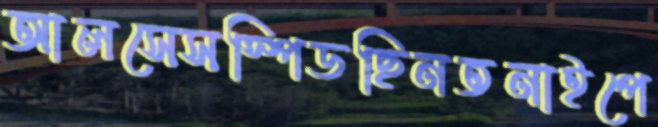
আলসেসস্পিডছিনতনাইপে